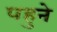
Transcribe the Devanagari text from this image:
पहुने